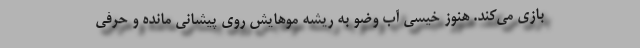
بازی می‌کند. هنوز خیسی آب وضو به ریشه موهایش روی پیشانی مانده و حرفی